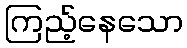
ကြည့်နေသော